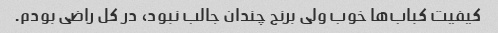
کیفیت کباب‌ها خوب ولی برنج چندان جالب نبود، در کل راضی بودم.